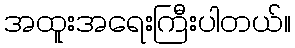
အထူးအရေးကြီးပါတယ်။